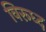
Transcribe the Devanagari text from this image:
विरूध्‍द